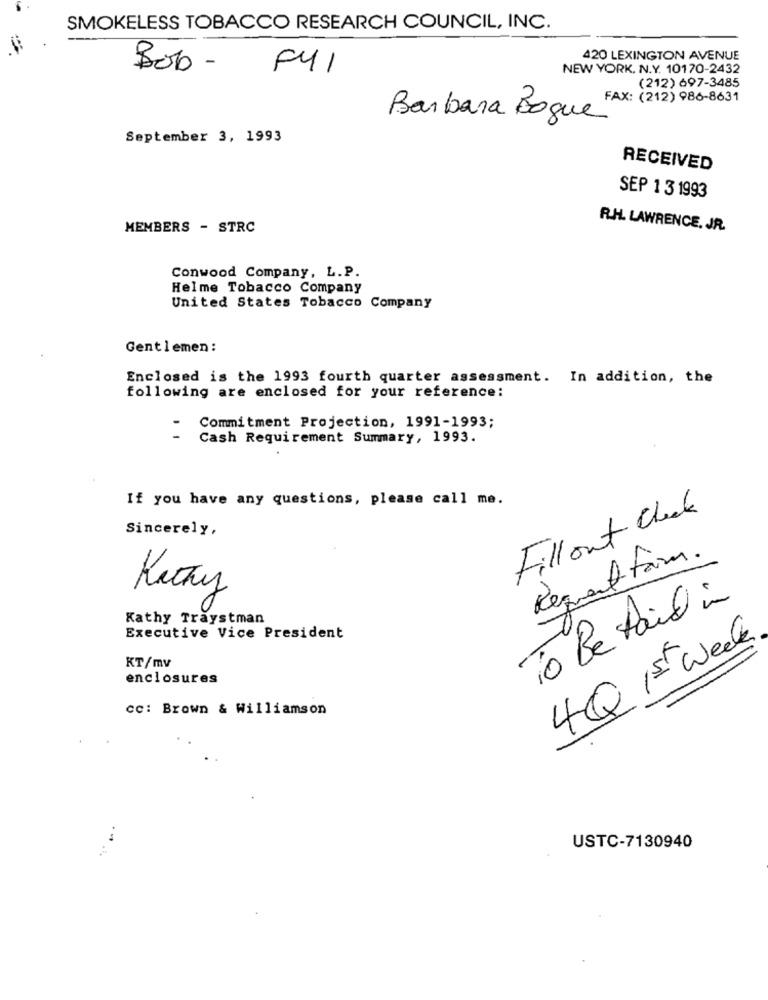
SMOKELESS TOBACCO RESEARCH COUNCIL, INC.
420 LEXINGTON AVENUE
Bob - F41
NEW YORK, N.Y. 10170-2432
(212) 697-3485
Barbara Bogue FAX: (212) 980-8031
September 3, 1993
RECEIVED
SEP 1 3 1993
MEMBERS - STRC
R.H. LAWRENCE, JR.
Conwood Company, L.P.
Helme Tobacco Company
United States Tobacco Company
Gentlemen:
Enclosed is the 1993 fourth quarter assessment. In addition, the
following are enclosed for your reference:
Commitment Projection, 1991-1993;
Cash Requirement Summary, 1993.
If you have any questions, please call me.
Fill out Check
Sincerely,
Request form.
st
To Be Paid in
Kathy Traystman
Executive Vice President
4Q 1st week
KT/mv
enclosures
cc: Brown & Williamson
..
USTC-7130940